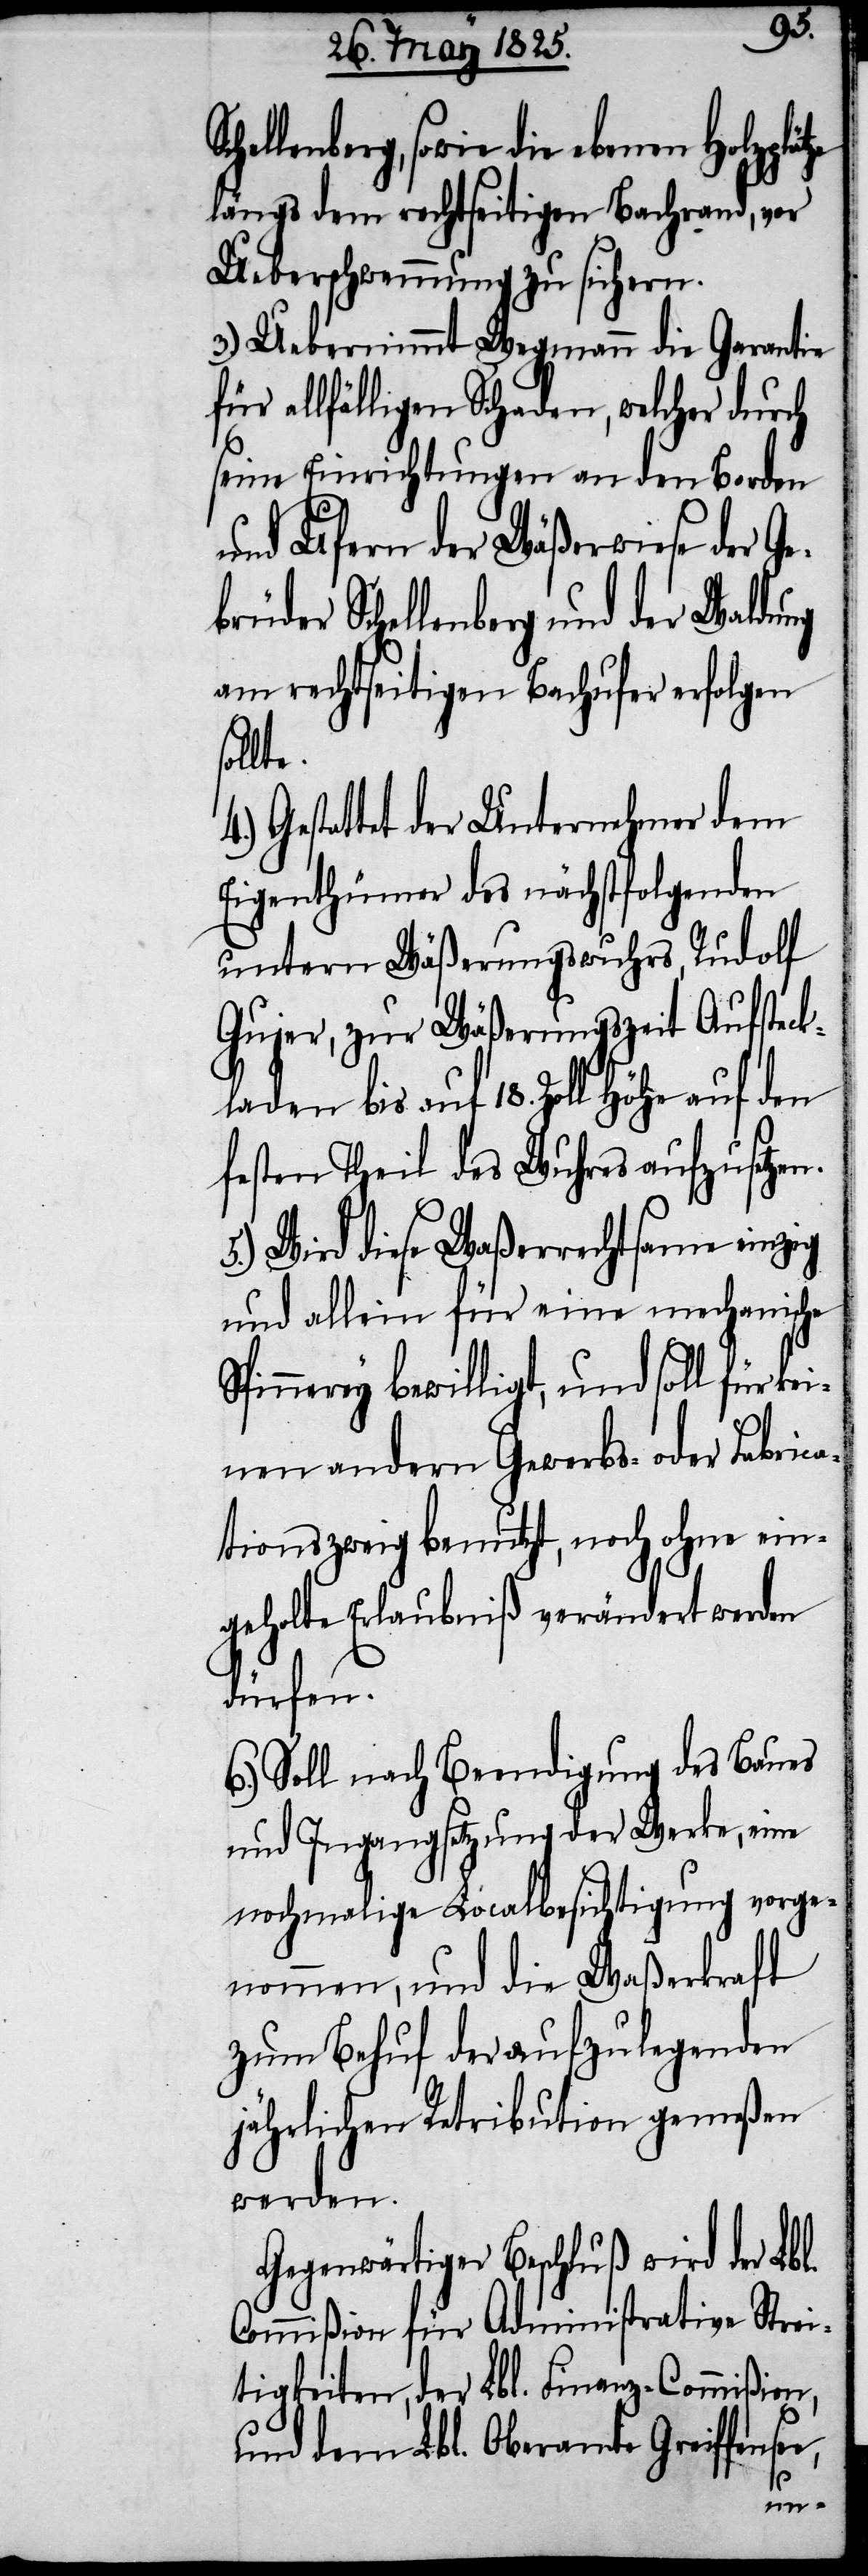
brü¬
ellenberg, sowie die ebenen Holzpl¬
längs dem rechtseitigen Bachrand, vor
Ueberschwemmung zu sichern.
3.) Uebernimmt Wegmann die Garantie
für allfälligen Schaden, welcher durch
seine Einrichtungen an den Borden
und Ufern der Wäßerwiese der Ge¬
der Schellenberg und der Waldung
am rechtseitigen Bachufer erfolgen
ätze
Gestattet der Unternehmer dem
Eigenthümer des nächstfolgenden
unterm Wäßerungswuhrs, Rudolf
Gujer, zur Wäßerungszeit Aufsteck¬
laden bis auf 18. Zoll Höhe auf den
festen Theil des Wuhres aufzusetzen.
Wird diese Waßerrechtsame einzig
und allein für eine mechanische
Spinnerey bewilligt, und soll für ke¬
inen andern Gewerbs- oder Fabrica¬
tionszweig benutzt, noch ohne ein¬
geholte Erlaubniß verändert werden
dürfen.
6.) Soll nach Beendigung des Baues
und Ingangsetzung der Werke, eine
nochmalige Localbesichtigung vorge¬
nommen, und die Waßerkraft
zum Behuf der aufzulegenden
jährlichen Retribution gemeßen
werden.
Gegenwärtiger Beschluß wird der Lbl.
Commißion für Administrative Strei¬
tigkeiten, der Lbl. Finanz-Commißion,
und dem Lbl. Oberamte Greiffense¬
e,